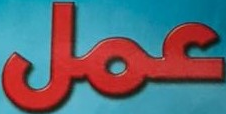
عمل